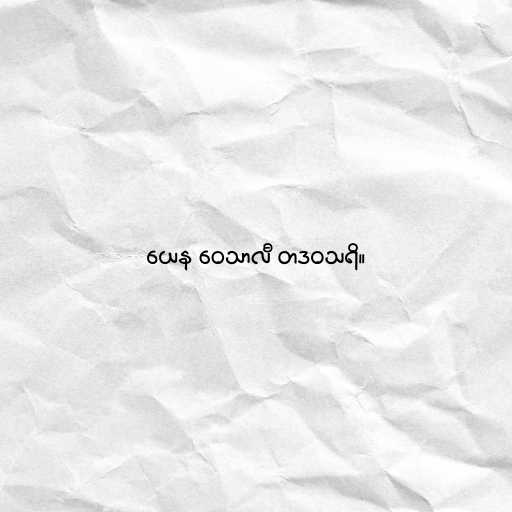
ယေန ဝေသာလီ တဒဝသရိ။